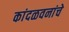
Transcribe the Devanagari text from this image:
कांदळवनांचे